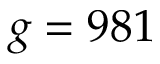
g = 9 8 1